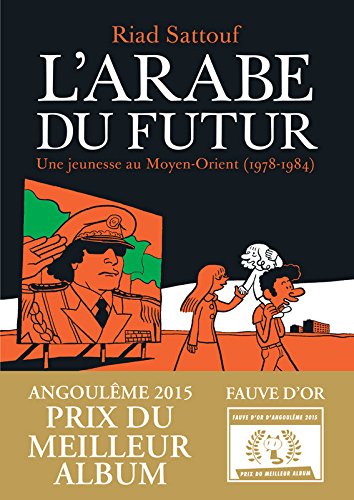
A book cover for L'arabe du futur (French Edition); Riad Sattouf; Literature & Fiction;